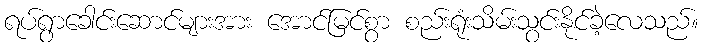
ရပ်ရွာခေါင်းဆောင်များအား အောင်မြင်စွာ စည်းရုံးသိမ်းသွင်းနိုင်ခဲ့လေသည်။